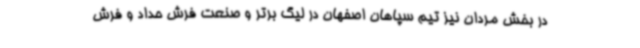
در بخش مردان نیز تیم سپاهان اصفهان در لیگ برتر و صنعت فرش حداد و فرش